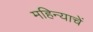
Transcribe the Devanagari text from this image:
महिन्याचें